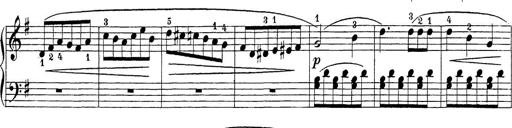
Title: Sonatina Album
Composer: Louis KÃ¶hler